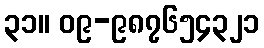
၃၁။ ၀၉-၉၈၇၆၅၄၃၂၁